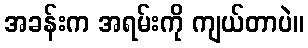
အခန်းက အရမ်းကို ကျယ်တာပဲ။